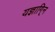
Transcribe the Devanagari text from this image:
यज्ञागि्न